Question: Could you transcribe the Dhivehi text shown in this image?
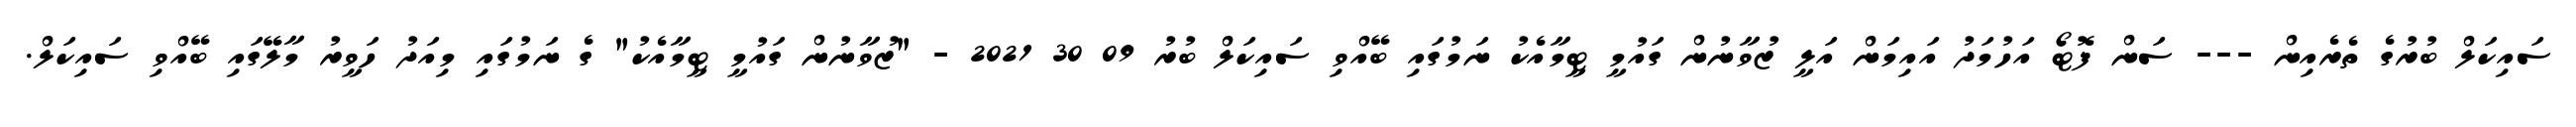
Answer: ސައިކަލް ބުރުގެ ތެރެއިން --- ސަން ފޮޓޯ އަހުމަދު އައިމަން އަލީ ޒުވާނުން ގައުމީ ޓީމާއެކު ނަމުގައި ބޭއްވި ސައިކަލް ބުރު 09 30 2021 - "ޒުވާނުން ގައުމީ ޓީމާއެކު" ގެ ނަމުގައި މިއަދު ހަވީރު މާލޭގައި ބޭއްވި ސައިކަލް.